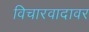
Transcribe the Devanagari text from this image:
विचारवादावर